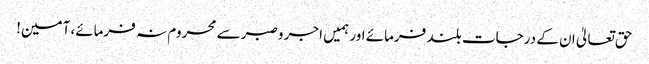
حق تعالیٰ ان کے درجات بلند فرمائے اور ہمیں اجر وصبر سے محروم نہ فرمائے، آمین!